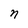
Character: n